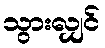
သွားလျှင်